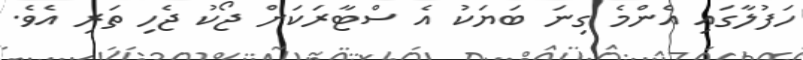
ހަފުލާގައި އެންމެ ގިނަ ބަޔަކު އެ ސްޓާރަކަށް ޖޯކު ޖެހި ތަރި އެވެ.